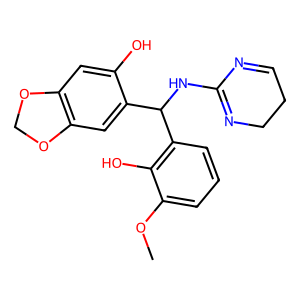
SMILES: COc1cccc(C(NC2=NCCC=N2)c2cc3c(cc2O)OCO3)c1O
Inhibits HIV replication: No